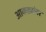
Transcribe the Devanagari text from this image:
आकड्यांवर